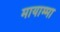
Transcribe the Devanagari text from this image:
मायाम्मा